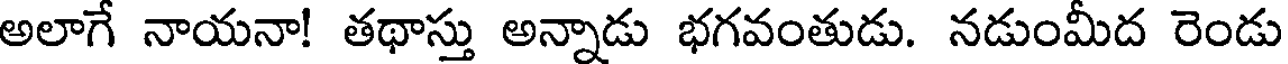
అలాగే నాయనా! తథాస్తు అన్నాడు భగవంతుడు. నడుంమీద రెండు